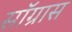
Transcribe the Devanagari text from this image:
सॉग्रास